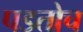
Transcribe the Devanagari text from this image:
पडतोच